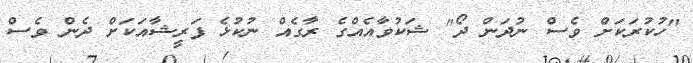
"ހުކުރަކަށް ވެސް ނުދަން ދޯ" ޝަކުވާއެއްގެ ރާގެއް ނުކުޅެ ފަރީޝާއަކަށް ދެން ވެސް